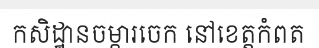
កសិដ្ឋានចម្ការចេក នៅខេត្តកំពត